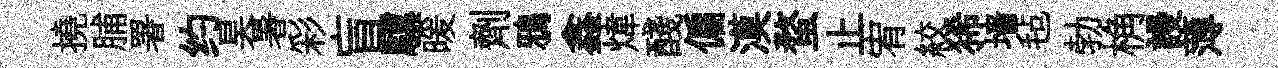
撓脯署约昊暑彩盲驥暖劑鴉鑫煒醆偏漠蝥止宥絞狶墙毡勃桷謾薄